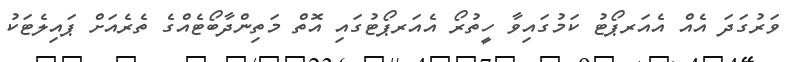
ވަރުގަދަ އެއް އެއަރޕޯޓު ކަމުގައިވާ ހީތުރޯ އެއަރޕޯޓުގައި އޮތް މަތިންދާބޯޓެއްގެ ތެރެއަށް ޕައިލެޓަކު